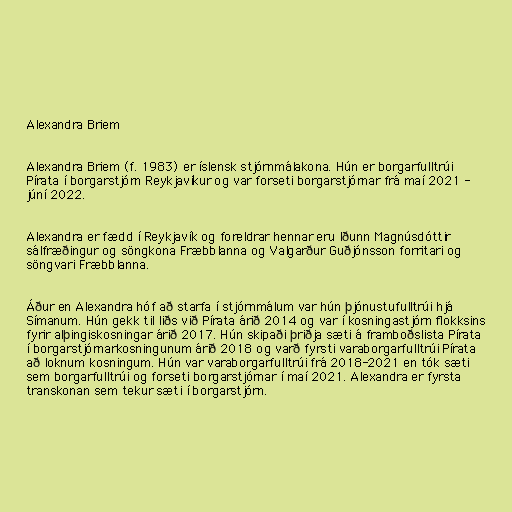
Alexandra Briem

Alexandra Briem (f. 1983) er íslensk stjórnmálakona. Hún er borgarfulltrúi
Pírata í borgarstjórn Reykjavíkur og var forseti borgarstjórnar frá maí 2021 -
júní 2022.

Alexandra er fædd í Reykjavík og foreldrar hennar eru Iðunn Magnúsdóttir
sálfræðingur og söngkona Fræbblanna og Valgarður Guðjónsson forritari og
söngvari Fræbblanna.

Áður en Alexandra hóf að starfa í stjórnmálum var hún þjónustufulltrúi hjá
Símanum. Hún gekk til liðs við Pírata árið 2014 og var í kosningastjórn flokksins
fyrir alþingiskosningar árið 2017. Hún skipaði þriðja sæti á framboðslista Pírata
í borgarstjórnarkosningunum árið 2018 og varð fyrsti varaborgarfulltrúi Pírata
að loknum kosningum. Hún var varaborgarfulltrúi frá 2018-2021 en tók sæti
sem borgarfulltrúi og forseti borgarstjórnar í maí 2021. Alexandra er fyrsta
transkonan sem tekur sæti í borgarstjórn.